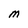
Character: M